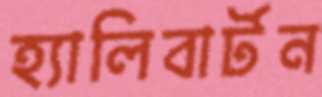
হ্যালিবার্টন